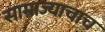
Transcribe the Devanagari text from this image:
साम्राज्याचाच